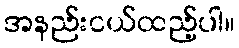
အနည်းငယ်ထည့်ပါ။